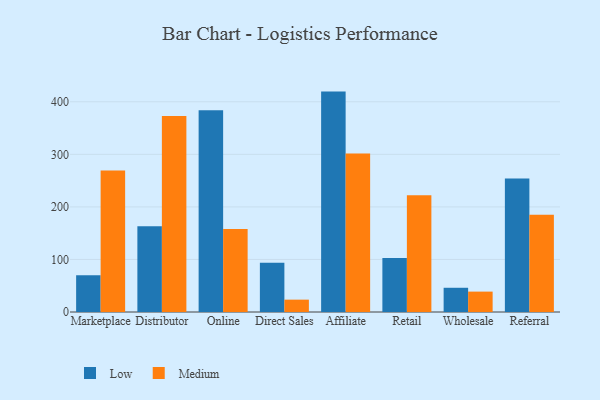
{"axis": {"x": "Channel", "y": "Temperature (°C)"}, "legend": ["Low", "Medium"], "data": [{"x": "Marketplace", "y": 70.1, "type": "Low"}, {"x": "Marketplace", "y": 269.1, "type": "Medium"}, {"x": "Distributor", "y": 163.0, "type": "Low"}, {"x": "Distributor", "y": 372.9, "type": "Medium"}, {"x": "Online", "y": 384.1, "type": "Low"}, {"x": "Online", "y": 158.1, "type": "Medium"}, {"x": "Direct Sales", "y": 93.5, "type": "Low"}, {"x": "Direct Sales", "y": 23.5, "type": "Medium"}, {"x": "Affiliate", "y": 419.4, "type": "Low"}, {"x": "Affiliate", "y": 301.5, "type": "Medium"}, {"x": "Retail", "y": 102.6, "type": "Low"}, {"x": "Retail", "y": 222.4, "type": "Medium"}, {"x": "Wholesale", "y": 46.1, "type": "Low"}, {"x": "Wholesale", "y": 38.8, "type": "Medium"}, {"x": "Referral", "y": 254.1, "type": "Low"}, {"x": "Referral", "y": 185.2, "type": "Medium"}]}